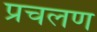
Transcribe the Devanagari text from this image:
प्रचलण